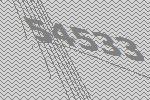
54533